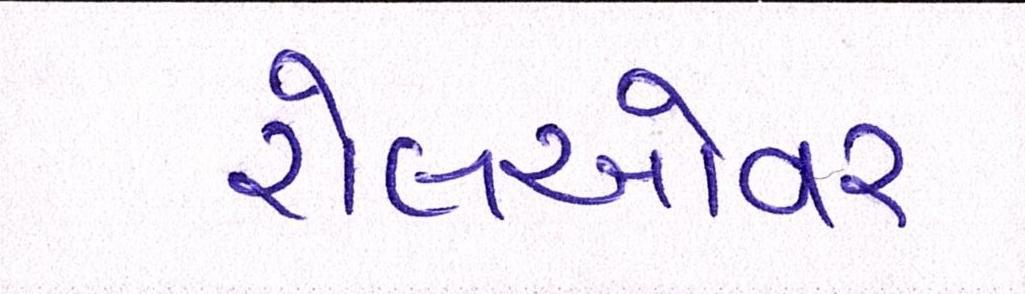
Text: રોલઓવર